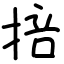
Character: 掊